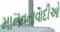
માનવતાવાદીઓ